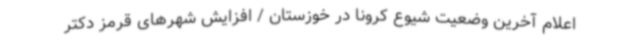
اعلام آخرین وضعیت شیوع کرونا در خوزستان / افزایش شهرهای قرمز دکتر